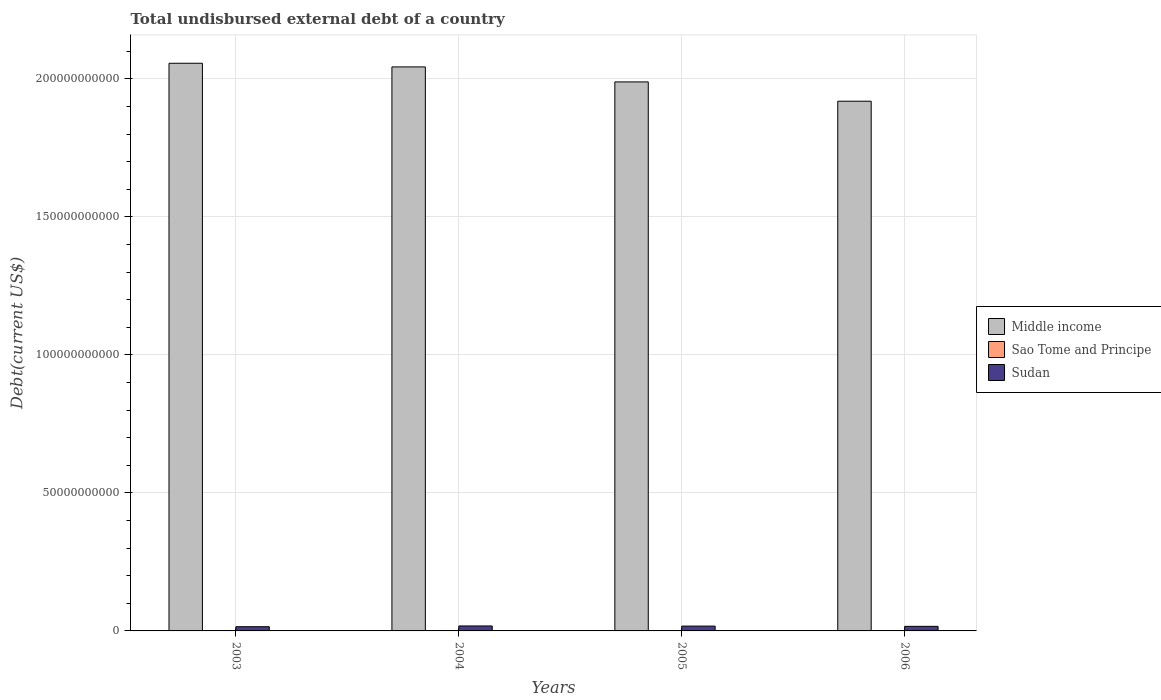
| Years | Middle income | Sao Tome and Principe | Sudan |
 | --- | --- | --- | --- |
 | 2003 | 2.06e+11 | 4.12e+07 | 1.53e+09 |
 | 2004 | 2.04e+11 | 3.71e+07 | 1.8e+09 |
 | 2005 | 1.99e+11 | 2.94e+07 | 1.75e+09 |
 | 2006 | 1.92e+11 | 2.65e+07 | 1.65e+09 |